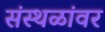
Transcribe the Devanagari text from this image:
संस्थळांवर